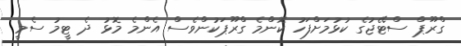
ގްރޫޕް ސްޓޭޖުގެ ކުޅުމަށްފަހު ކޮންމެ ގްރޫޕަކުންވެސް އެންމެ މޮޅު ދެ ޓީމު ސެމީ